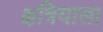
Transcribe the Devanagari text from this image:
क्षत्रियाला